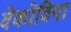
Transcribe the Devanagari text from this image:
वेकोविया